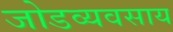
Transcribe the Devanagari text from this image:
जोडव्यवसाय